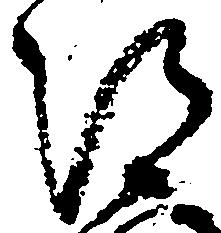
被